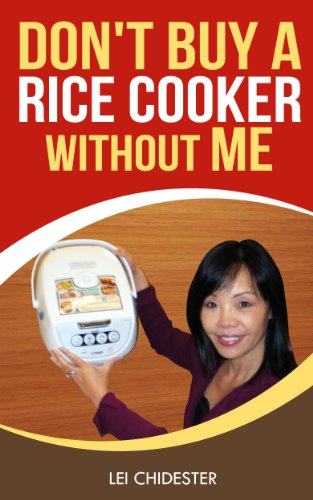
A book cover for Don't Buy a Rice Cooker Without Me; Lei Chidester; Cookbooks, Food & Wine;